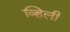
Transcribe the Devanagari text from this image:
व्हिली